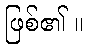
ဖြစ်၏ ။